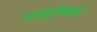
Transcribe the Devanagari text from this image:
वर्षापूर्वीच्याही